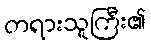
တရားသူကြီး၏